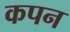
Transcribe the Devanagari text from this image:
कपन